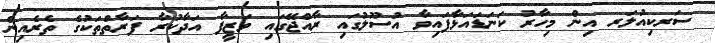
ސަރކިއުލަރ އިން މިހާރު ކަނަޑައަޅާފައިވާ އުސޫލުގައި ރާއްޖޭގައި ވަޒީފާ އަދާކުރާ ފަރާތްތަކުގެ ތެރެއިން